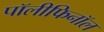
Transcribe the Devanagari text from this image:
पॉलीफिनॉल